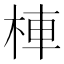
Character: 𣒞